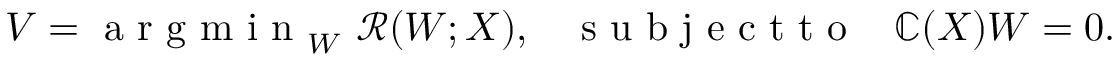
V = { \mathrm { ~ a ~ r ~ g ~ m ~ i ~ n ~ } } _ { W } ~ \mathcal { R } ( W ; X ) , \; \; \; \mathrm { ~ s ~ u ~ b ~ j ~ e ~ c ~ t ~ t ~ o ~ } \; \; \; \mathbb { C } ( X ) W = 0 .